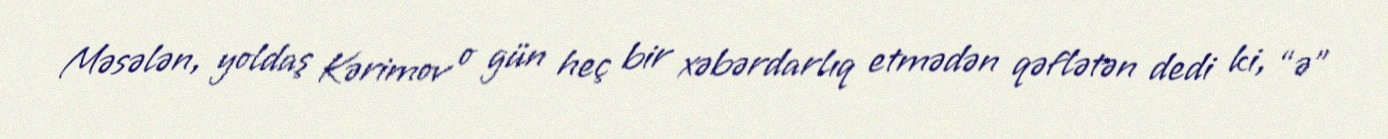
Məsələn, yoldaş Kərimov o gün heç bir xəbərdarlıq etmədən qəflətən dedi ki, “ə”